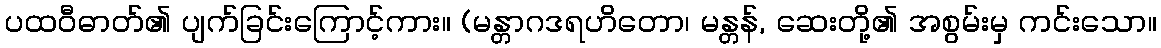
ပထဝီဓာတ်၏ ပျက်ခြင်းကြောင့်ကား။ (မန္တာဂဒရဟိတော၊ မန္တန်, ဆေးတို့၏ အစွမ်းမှ ကင်းသော။